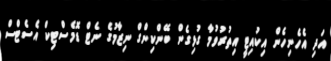
އަދި އެހެނިހެން އިކުއިޓީ އިތުރުވުމާ ގުޅިގެން ބޭންކިންގް ނިޒާމުގެ ނެޓް ޑޮމެސްޓިކް އެސެޓްސް